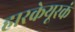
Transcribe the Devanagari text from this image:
हारकेयूरकं